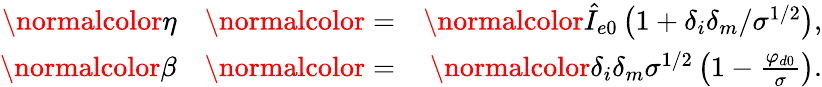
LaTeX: \begin{array}{rlr}{{\normalcolor\eta}}&{{\normalcolor=}}&{{\normalcolor\hat{I}_{e0}\left(1+\delta_{i}\delta_{m}/\sigma^{1/2}\right),}}\\ {{\normalcolor\beta}}&{{\normalcolor=}}&{{\normalcolor\delta_{i}\delta_{m}\sigma^{1/2}\left(1-\frac{\varphi_{d0}}{\sigma}\right).}}\end{array}